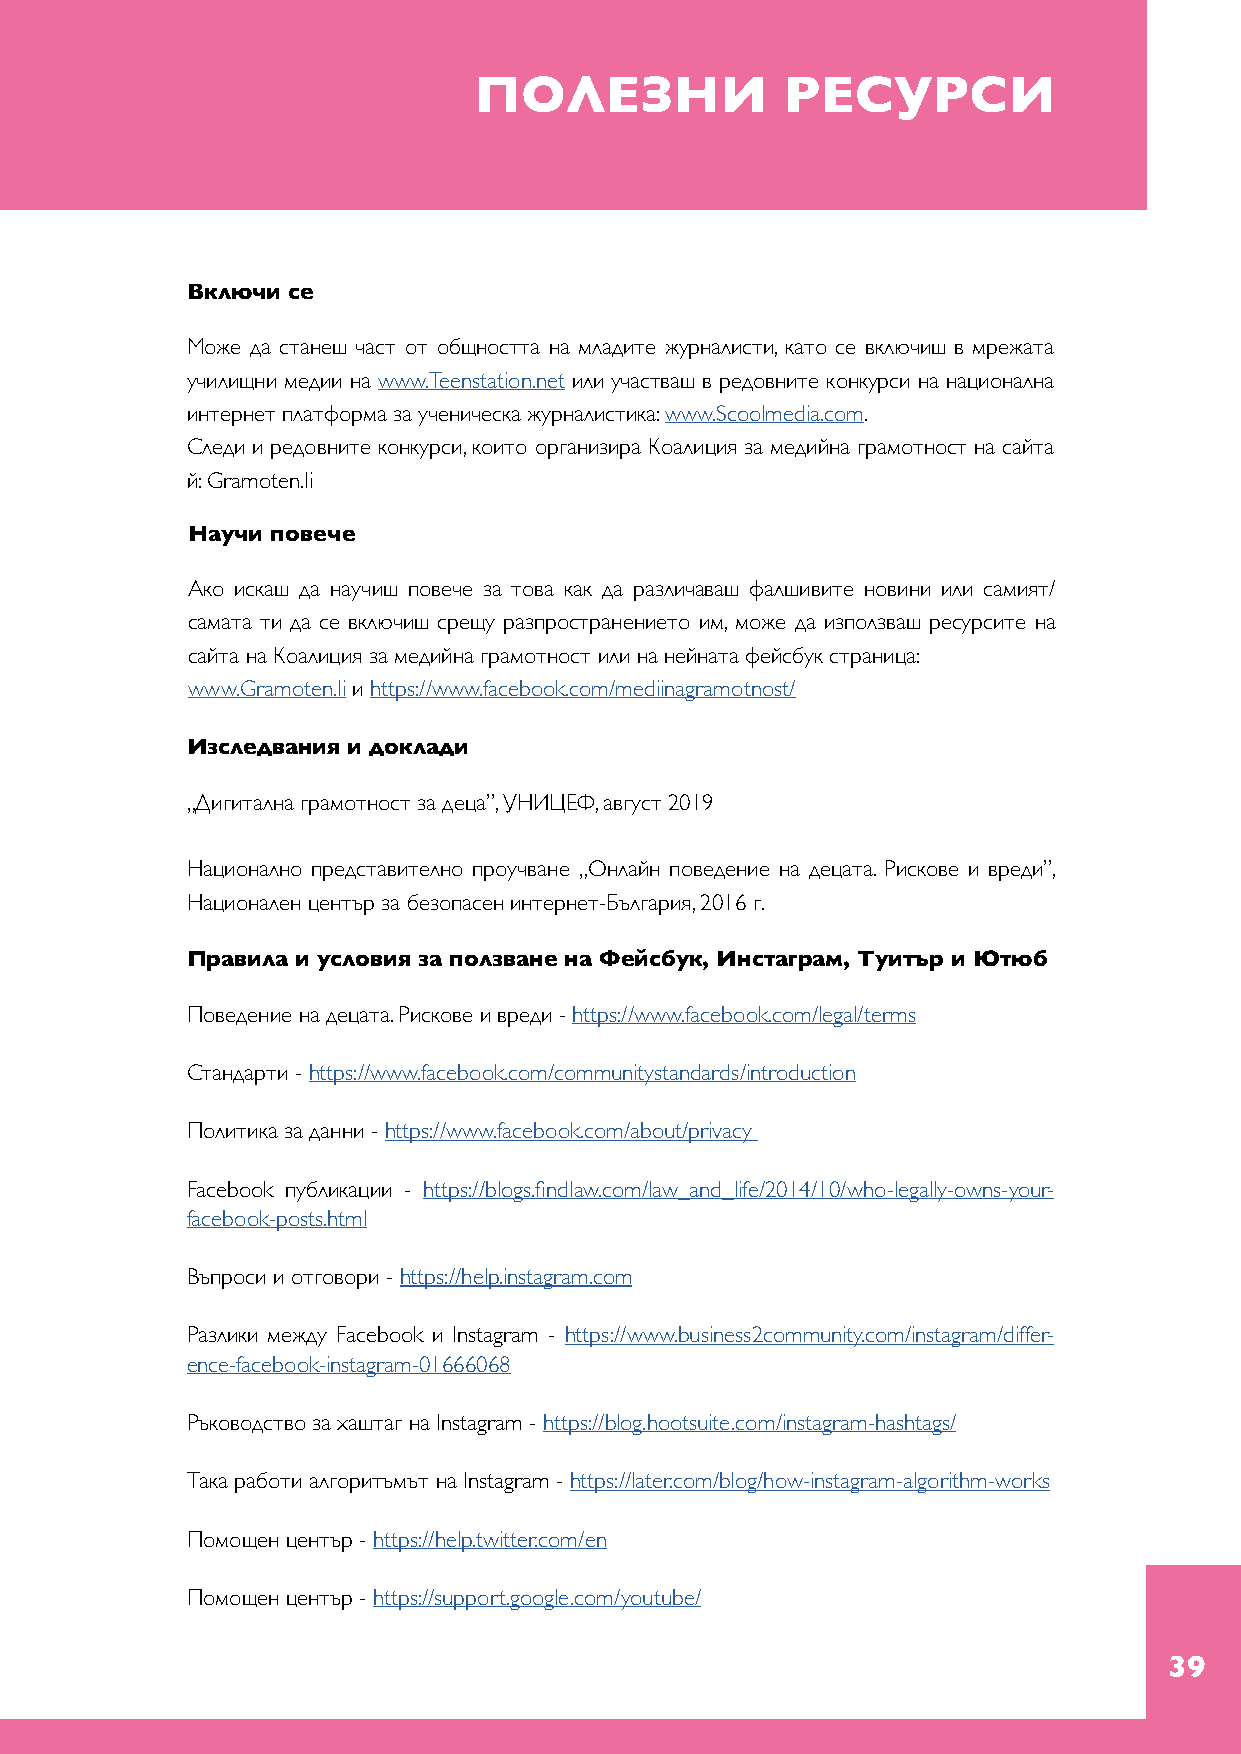
ПОЛЕЗНИ              РЕСУРСИ
 Включи се
 Може да станеш част от общността на младите журналисти, като се включиш в мрежата
 училищни медии на www.Teenstation.net или участваш в редовните конкурси на национална
 интернет платформа за ученическа журналистика: www.Scoolmedia.com.
 Следи и редовните конкурси, които организира Коалиция за медийна грамотност на сайта
 й: Gramoten.li
 Научи повече
 Ако искаш да научиш повече за това как да различаваш фалшивите новини или самият/
 самата ти да се включиш срещу разпространението им, може да използваш ресурсите на
 сайта на Коалиция за медийна грамотност или на нейната фейсбук страница:
 www.Gramoten.li и https://www.facebook.com/mediinagramotnost/
 Изследвания и доклади
 „Дигитална грамотност за деца”, УНИЦЕФ, август 2019
 Национално представително проучване „Онлайн поведение на децата. Рискове и вреди”,
 Национален център за безопасен интернет-България, 2016 г.
 Правила и условия за ползване на Фейсбук, Инстаграм, Туитър и Ютюб
 Поведение на децата. Рискове и вреди - https://www.facebook.com/legal/terms
 Стандарти - https://www.facebook.com/communitystandards/introduction
 Политика за данни - https://www.facebook.com/about/privacy
 Facebook публикации - https://blogs.findlaw.com/law_and_life/2014/10/who-legally-owns-your-
 facebook-posts.html
 Въпроси и отговори - https://help.instagram.com
 Разлики между Facebook и Instagram - https://www.business2community.com/instagram/differ-
 ence-facebook-instagram-01666068
 Ръководство за хаштаг на Instagram - https://blog.hootsuite.com/instagram-hashtags/
 Така работи алгоритъмът на Instagram - https://later.com/blog/how-instagram-algorithm-works
 Помощен център - https://help.twitter.com/en
 Помощен център - https://support.google.com/youtube/
 39